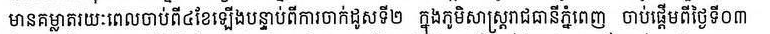
មានគម្លាតរយៈពេលចាប់ពី៤ខែឡើងបន្ទាប់ពីការចាក់ដូសទី២ ក្នុងភូមិសាស្ត្ររាជធានីភ្នំពេញ ចាប់ផ្ដើមពីថ្ងៃទី០៣